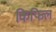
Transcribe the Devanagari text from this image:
किफिल